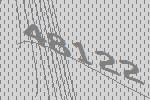
48122